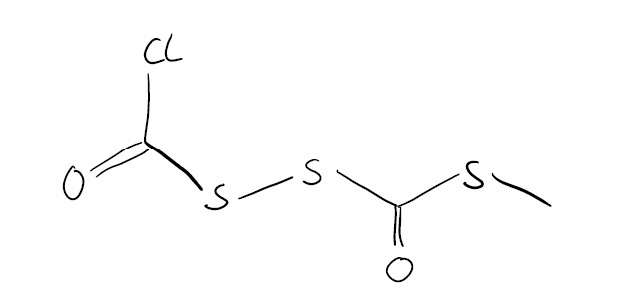
Simplified molecular-input line-entry system (SMILES) notation of the given molecule:
CSC(=O)SSC(=O)Cl